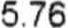
5.76